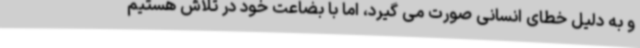
و به دلیل خطای انسانی صورت می گیرد، اما با بضاعت خود در تلاش هستیم